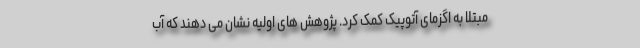
مبتلا به اگزمای آتوپیک کمک کرد. پژوهش های اولیه نشان می دهند که آب